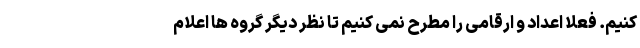
کنیم. فعلا اعداد و ارقامی را مطرح نمی کنیم تا نظر دیگر گروه ها اعلام